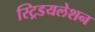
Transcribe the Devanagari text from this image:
स्ट्रिडयलेशन